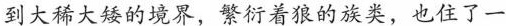
到大稀大矮的境界，繁衍着狼的族类，也住了一